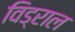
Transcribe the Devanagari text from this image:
विड्राल